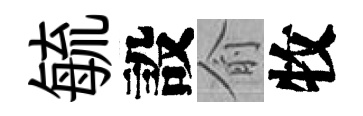
毓設俞牧